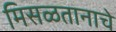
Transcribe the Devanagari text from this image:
मिसळतानाचे